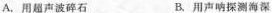
A.用超声波碎石 B.用声呐探测海深